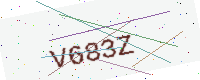
Text: V683Z